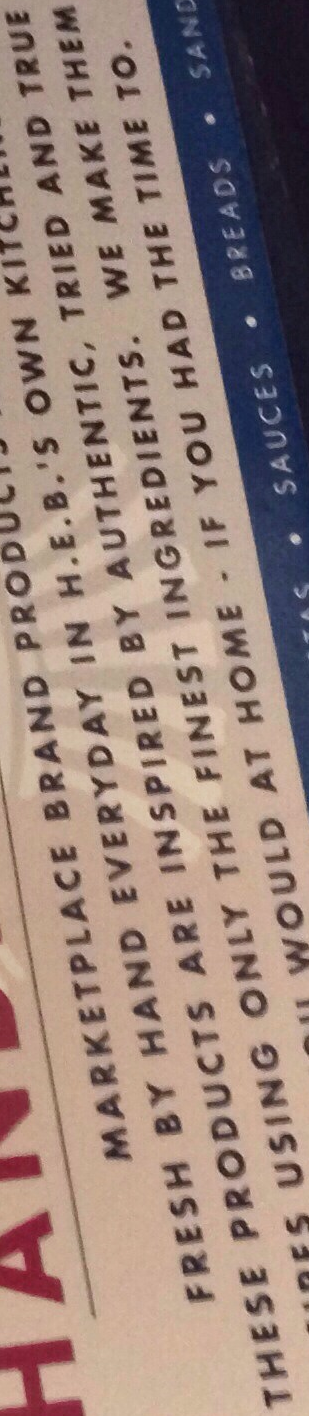
THESE PRODUCTS ARE INSPIRED BY AUTHENTIC, TRIED AND TRUE